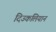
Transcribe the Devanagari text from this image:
दिउकलियान